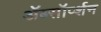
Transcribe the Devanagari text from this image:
ॲब्सॉर्प्शन